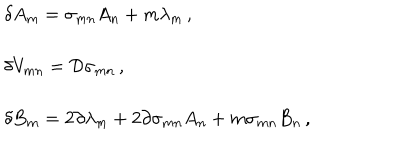
\begin{array} { r c l } { { } } & { { } } & { { \delta A _ { m } = \sigma _ { m n } A _ { n } + m \lambda _ { m } \, , } } \\ { { } } & { { } } & { { } } \\ { { } } & { { } } & { { \delta V _ { m n } = { \cal D } \sigma _ { m n } \, , } } \\ { { } } & { { } } & { { } } \\ { { } } & { { } } & { { \delta B _ { m } = 2 \partial \lambda _ { m } + 2 \partial \sigma _ { m n } A _ { n } + m \sigma _ { m n } B _ { n } \, , } } \\ \end{array}